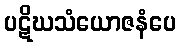
ပဋိဃသံယောဇနံပေ